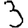
Digit: 3